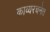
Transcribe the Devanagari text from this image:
काव्यरचनेत